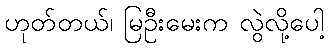
ဟုတ်တယ်၊ မြဦးမေးက လွဲလို့ပေါ့